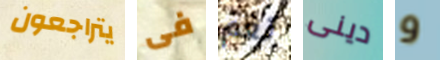
يتراجعون فى نعم دينى و